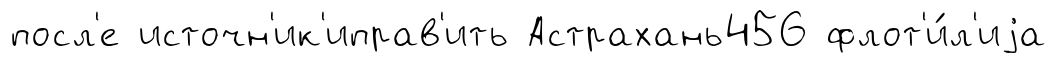
посл'е источн'ик'иправ'ить Астрахань456 флот'и́л'иjа